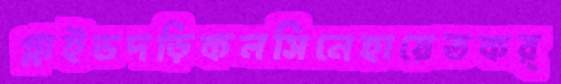
গ্লাইডদড়িকলসিনেহায়েতকর্